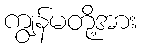
ကျွန်မတို့အား